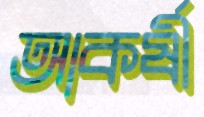
আকর্ষী